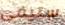
ستيفي